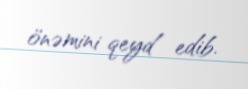
önəmini qeyd edib.